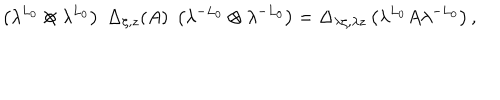
LaTeX: \left( \lambda ^ { L _ { 0 } } \otimes \lambda ^ { L _ { 0 } } \right) \; \Delta _ { \zeta , z } ( A ) \; \left( \lambda ^ { - L _ { 0 } } \otimes \lambda ^ { - L _ { 0 } } \right) = \Delta _ { \lambda \zeta , \lambda z } \left( \lambda ^ { L _ { 0 } } A \lambda ^ { - L _ { 0 } } \right) ,